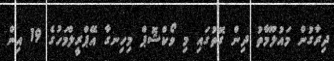
ދިރާގުން މައުލޫމާތު ދިން ގޮތުގައި މި ވޯކްޝޮޕް މިހިނގާ އޭޕްރީލްމަހުގެ 19 އިން